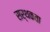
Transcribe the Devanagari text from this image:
सर्थकता